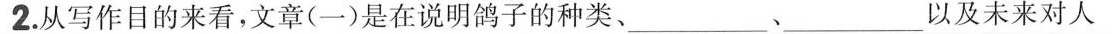
2.从写作目的来看，文章（一）是在说明鸽子的种类、\underline、\underline以及未来对人